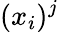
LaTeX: (x_{i})^{j}